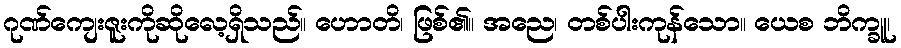
ဂုဏ်ကျေးဇူးကိုဆိုလေ့ရှိသည်။ ဟောတိ၊ ဖြစ်၏။ အညေ၊ တစ်ပါးကုန်သော။ ယေစ ဘိက္ခူ၊